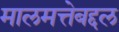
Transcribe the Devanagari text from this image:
मालमत्तेबद्दल